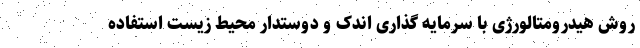
روش هیدرومتالورژی با سرمایه گذاری اندک و دوستدار محیط زیست استفاده